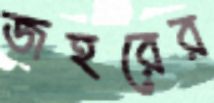
জহরের